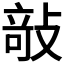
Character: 𭣿